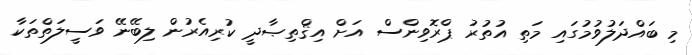
މި ބައްދަލުވުމުގައި މަތި އުތުރު ޕްރޮވިންސް އަށް އިޤްތިޞާދީ ކުރިއެރުން ލިބޭނޭ ވަސީލަތްތަކާ